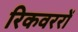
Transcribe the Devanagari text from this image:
रिकवररों